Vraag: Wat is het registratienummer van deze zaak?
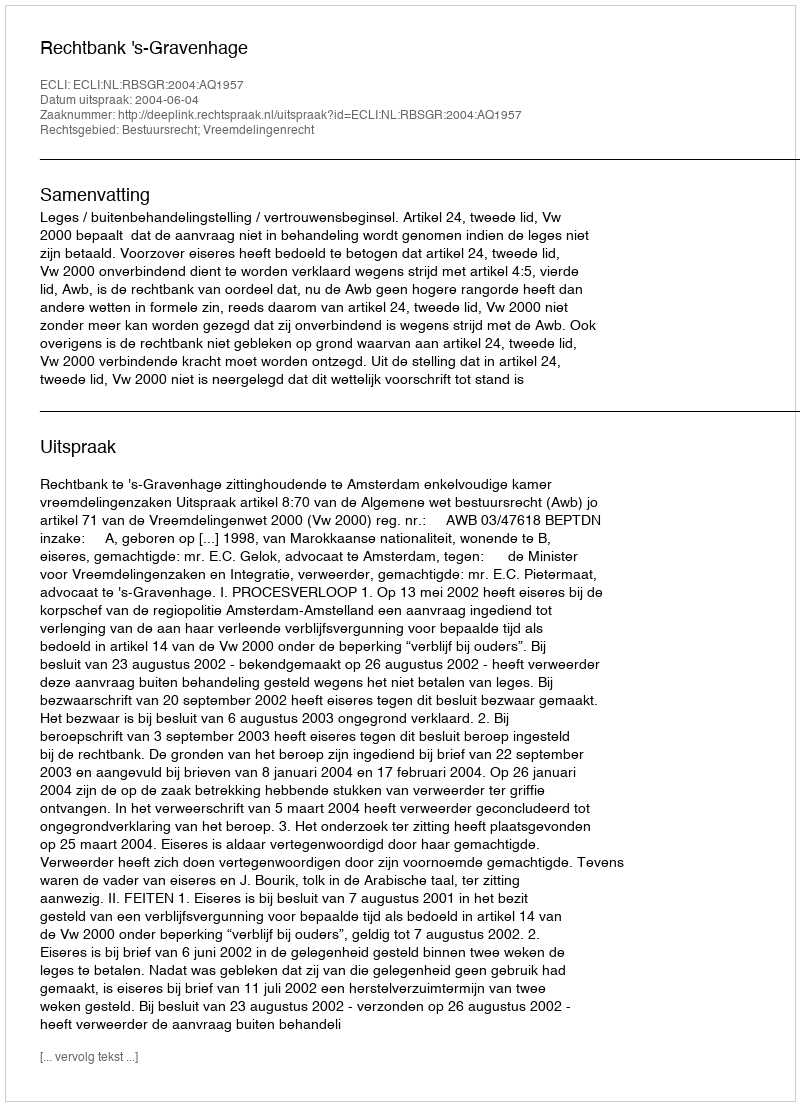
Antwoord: http://deeplink.rechtspraak.nl/uitspraak?id=ECLI:NL:RBSGR:2004:AQ1957